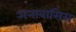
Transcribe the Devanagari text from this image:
अनाबासिस